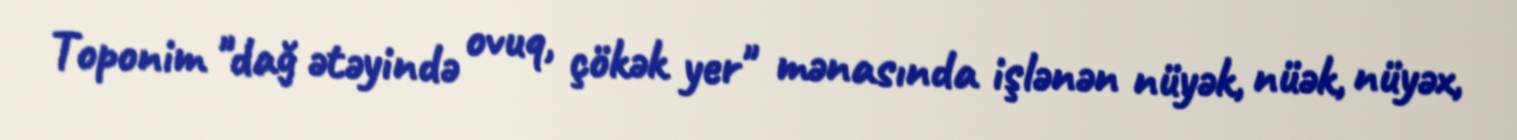
Toponim "dağ ətəyində ovuq, çökək yer" mənasında işlənən nüyək, nüək, nüyəx,